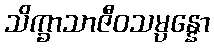
သိက္ခာသာဇီဝသမ္ပန္နော